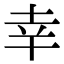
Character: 幸